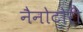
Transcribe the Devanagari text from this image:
नैनोटोरी